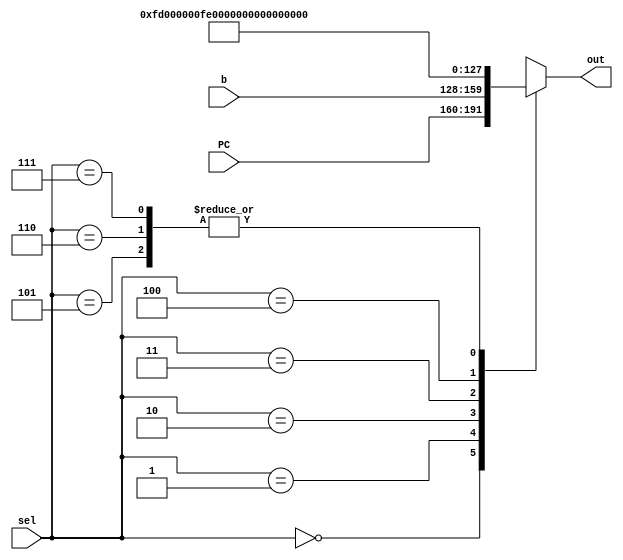
module mux_iord(input wire [31:0] PC,
                     input wire [31:0] b,
                     input wire [2:0] sel,
                     output reg [31:0] out
                     );
  
  always@(*) begin
    case (sel)
      3'b000: out = PC;
      3'b001: out = b;
      3'b010: out = 32'b11111101; //253 
      3'b011: out = 32'b11111110; //254
      3'b100: out = 32'b11111111; //255
      3'b101: out = 32'b0; // entradas inutilizadas
      3'b110: out = 32'b0;
      3'b111: out = 32'b0;
    endcase
  end
endmodule